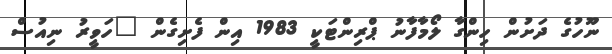
ނޫހުގެ ދަށުން ހިންގާ ލޯމާފާނު ޕްރިންޓަކީ 1983 އިން ފެށިގެން "ހަވީރު ނިއުސް